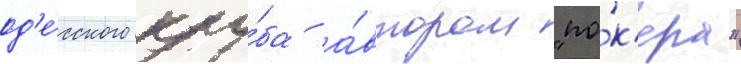
од'е́сского клу́ба а́втором "по́к'ера"